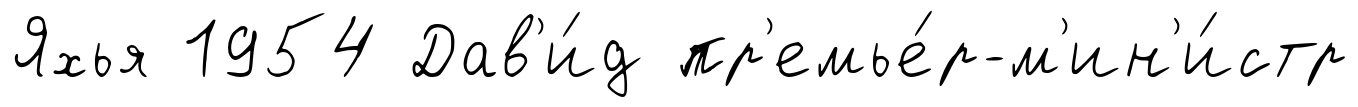
Яхья 1954 Дав'и́д пр'емье́р-м'ин'и́стр